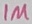
Text: 1M